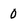
Character: 0